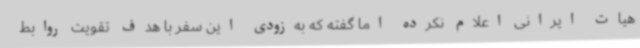
هیات ایرانی اعلام نکرده اما گفته که به‌زودی این سفر با هدف تقویت روابط